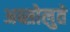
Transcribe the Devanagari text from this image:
अब्सोलुते